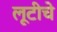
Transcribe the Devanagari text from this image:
लूटीचे